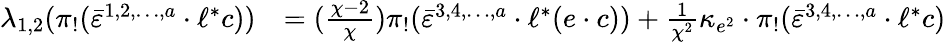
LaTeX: \begin{array}{rl}{\lambda_{1,2}(\pi_{!}(\bar{\varepsilon}^{1,2,\ldots,a}\cdot\ell^{*}c))}&{=(\frac{\chi-2}{\chi})\pi_{!}(\bar{\varepsilon}^{3,4,\ldots,a}\cdot\ell^{*}(e\cdot c))+\frac{1}{\chi^{2}}\kappa_{e^{2}}\cdot\pi_{!}(\bar{\varepsilon}^{3,4,\ldots,a}\cdot\ell^{*}c)}\end{array}